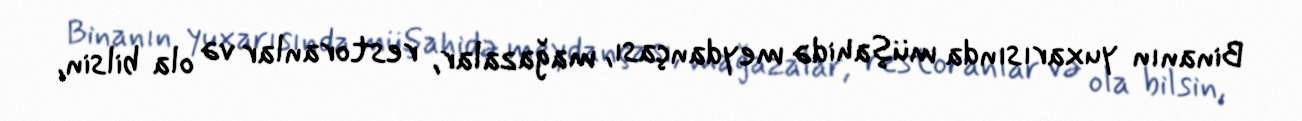
Binanın yuxarısında müşahidə meydançası, mağazalar, restoranlar və ola bilsin,